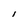
Character: l